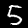
Label: 5